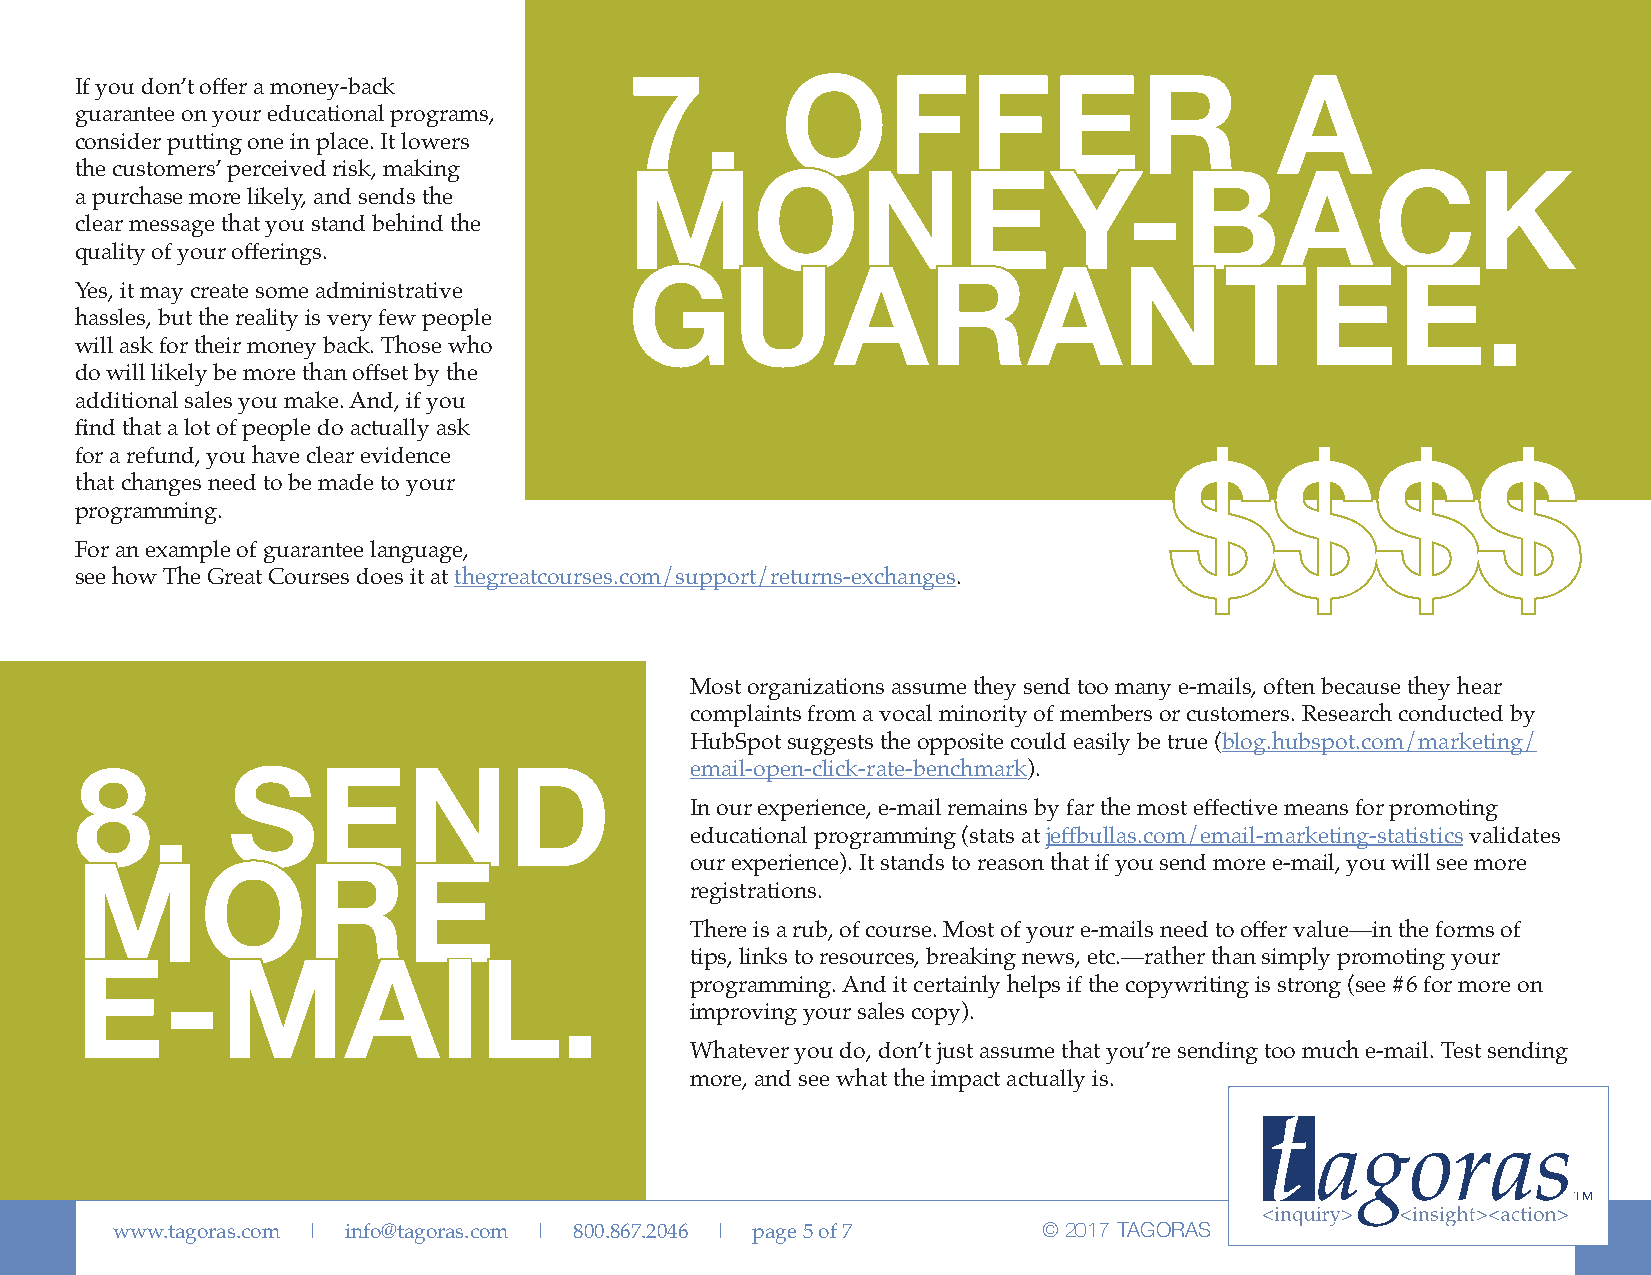
If you don’t offer a money-back
 7.        OFFER                            A
 guarantee on your educational programs,
 consider putting one in place. It lowers
 the customers’ perceived risk, making
 a purchase more likely, and sends the MONEY-BACK
 clear message that you stand behind the
 quality of your offerings.
 Yes, it may create some administrative
 GUARANTEE.
 hassles, but the reality is very few people
 will ask for their money back. Those who
 do will likely be more than offset by the
 additional sales you make. And, if you
 find that a lot of people do actually ask
 for a refund, you have clear evidence
 that changes need to be made to your
 $$$$
 programming.
 For an example of guarantee language,
 see how The Great Courses does it at thegreatcourses.com/support/returns-exchanges.
 Most organizations assume they send too many e-mails, often because they hear
 complaints from a vocal minority of members or customers. Research conducted by
 HubSpot suggests the opposite could easily be true (blog.hubspot.com/marketing/
 email-open-click-rate-benchmark).
 8.        SEND
 In our experience, e-mail remains by far the most effective means for promoting
 educational programming (stats at jeffbullas.com/email-marketing-statistics validates
 our experience). It stands to reason that if you send more e-mail, you will see more
 MORE                                     registrations.
 There is a rub, of course. Most of your e-mails need to offer value—in the forms of
 tips, links to resources, breaking news, etc.—rather than simply promoting your
 programming. And it certainly helps if the copywriting is strong (see #6 for more on
 E-MAIL.
 improving your sales copy).
 Whatever you do, don’t just assume that you’re sending too much e-mail. Test sending
 more, and see what the impact actually is.
 www.tagoras.com | info@tagoras.com | 800.867.2046 | page 5 of 7 © 2017 TAGORAS